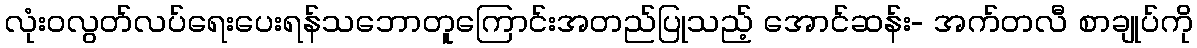
လုံးဝလွတ်လပ်ရေးပေးရန်သဘောတူကြောင်းအတည်ပြုသည့် အောင်ဆန်း- အက်တလီ စာချုပ်ကို